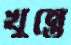
খুন্তে